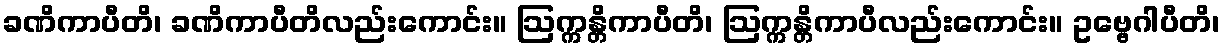
ခဏိကာပီတိ၊ ခဏိကာပီတိလည်းကောင်း။ ဩက္ကန္တိကာပီတိ၊ ဩက္ကန္တိကာပီလည်းကောင်း။ ဥဗ္ဗေဂါပီတိ၊